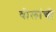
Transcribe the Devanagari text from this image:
बोलांची